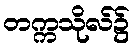
တက္ကသိုလ်၌